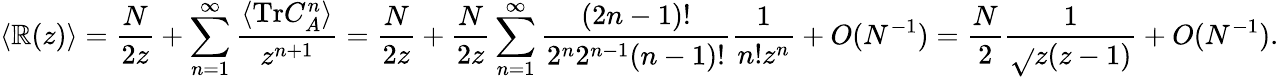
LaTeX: \langle\mathbb{R}(z)\rangle=\frac{{N}}{{2z}}+\sum_{n=1}^{\infty}\frac{{\langle\mathrm{{Tr}}C_{A}^{n}\rangle}}{{z^{n+1}}}=\frac{{N}}{{2z}}+\frac{{N}}{{2z}}\sum_{n=1}^{\infty}\frac{{(2n-1)!}}{{2^{n}2^{n-1}(n-1)!}}\frac{{1}}{{n!z^{n}}}+O(N^{-1})=\frac{{N}}{{2}}\frac{{1}}{{\sqrt{}{{z(z-1)}}}}+O(N^{-1}).